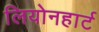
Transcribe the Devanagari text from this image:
लियोनहार्ट